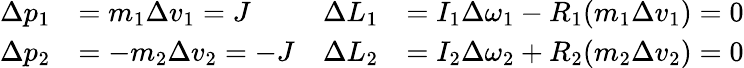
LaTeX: \begin{array}{rlrl}{\Delta p_{1}}&{=m_{1}\Delta v_{1}=J}&{\Delta L_{1}}&{=I_{1}\Delta\omega_{1}-R_{1}(m_{1}\Delta v_{1})=0}\\ {\Delta p_{2}}&{=-m_{2}\Delta v_{2}=-J}&{\Delta L_{2}}&{=I_{2}\Delta\omega_{2}+R_{2}(m_{2}\Delta v_{2})=0}\end{array}